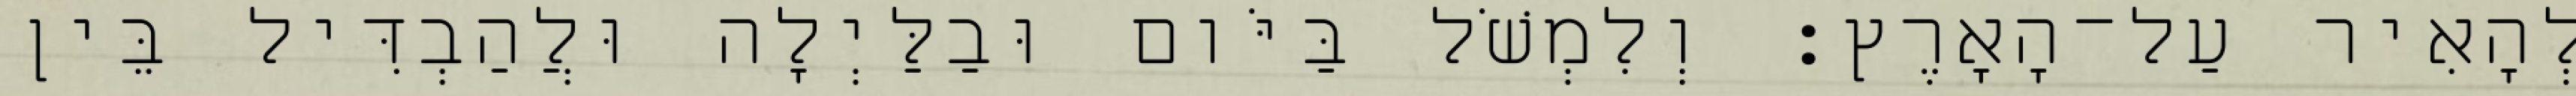
לְהָאִיר עַל־הָאָרֶץ׃ וְלִמְשֹׁל בַּיֹּום וּבַלַּיְלָה וּלֲהַבְדִּיל בֵּין